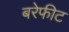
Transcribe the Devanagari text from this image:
बरेफीट